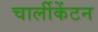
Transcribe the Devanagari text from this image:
चार्लीकेंटन